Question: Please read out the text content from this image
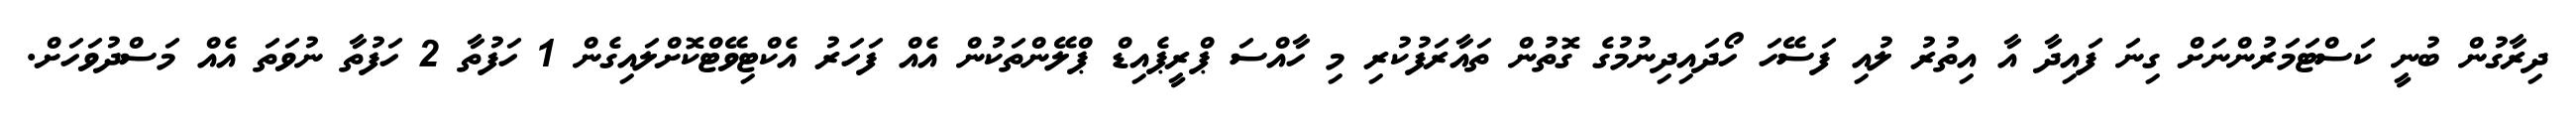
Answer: ދިރާގުން ބުނީ ކަސްޓަމަރުންނަށް ގިނަ ފައިދާ އާ އިތުރު ލުއި ފަސޭހަ ހޯދައިދިނުމުގެ ގޮތުން ތައާރަފުކުރި މި ހާއްސަ ޕްރީޕެއިޑް ޕްލޭންތަކުން އެއް ފަހަރު އެކްޓިވޭޓްކޮށްލައިގެން 1 ހަފުތާ 2 ހަފުތާ ނުވަތަ އެއް މަސްދުވަހަށް.